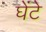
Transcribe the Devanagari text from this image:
घेंटे